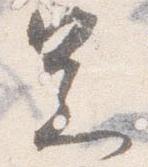
足